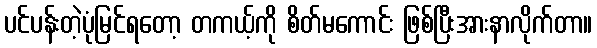
ပင်ပန်းတဲ့ပုံမြင်ရတော့ တကယ့်ကို စိတ်မကောင်း ဖြစ်ပြီးအားနာလိုက်တာ။